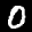
Label: 0